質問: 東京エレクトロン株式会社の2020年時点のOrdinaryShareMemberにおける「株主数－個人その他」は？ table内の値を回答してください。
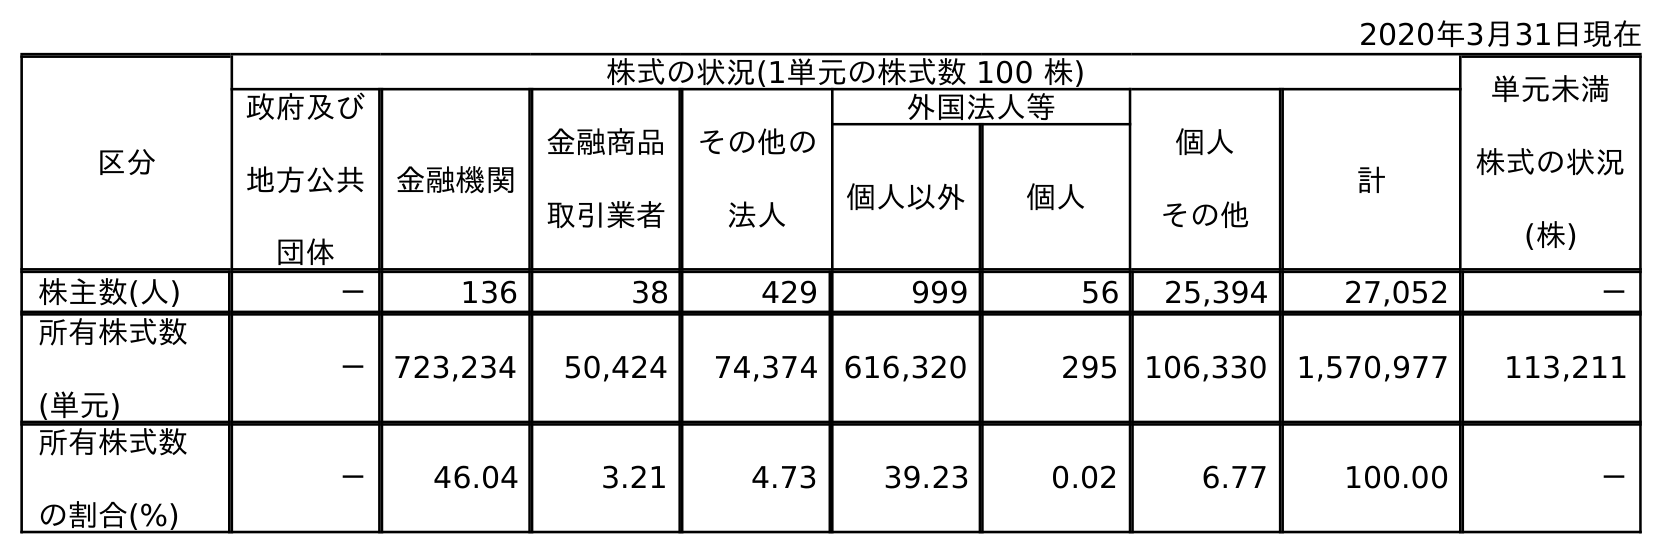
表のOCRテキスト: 2020年3月31日現在 区分 株式の状況(1単元の株式数 100 株) 単元未満 株式の状況 (株) 政府及び 地方公共 団体 金融機関 金融商品 取引業者 その他の 法人 外国法人等 個人 その他 計 個人以外 個人 株主数(人) － 136 38 429 999 56 25,394 27,052 － 所有株式数 (単元) － 723,234 50,424 74,374 616,320 295 106,330 1,570,977 113,211 所有株式数 の割合(%) － 46.04 3.21 4.73 39.23 0.02 6.77 100.00 －
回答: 25,394